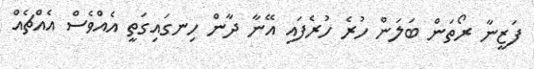
ފަޒީނާ ރޯތަން ބަލަން ހުރެ ހުރެފައި އޭނާ ދާން ހިނގައިގަތީ އެއްވެސް އެއްޗެއް